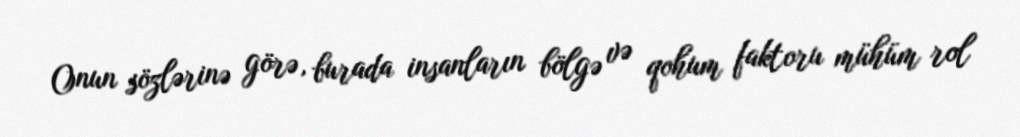
Onun sözlərinə görə, burada insanların bölgə və qohum faktoru mühüm rol